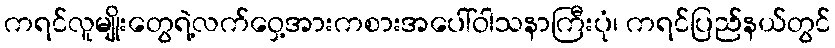
ကရင်လူမျိုးတွေရဲ့လက်ဝှေ့အားကစားအပေါ်ဝါသနာကြီးပုံ၊ ကရင်ပြည်နယ်တွင်